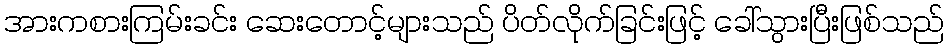
အားကစားကြမ်းခင်း ဆေးတောင့်များသည် ပိတ်လိုက်ခြင်းဖြင့် ခေါ်သွားပြီးဖြစ်သည်